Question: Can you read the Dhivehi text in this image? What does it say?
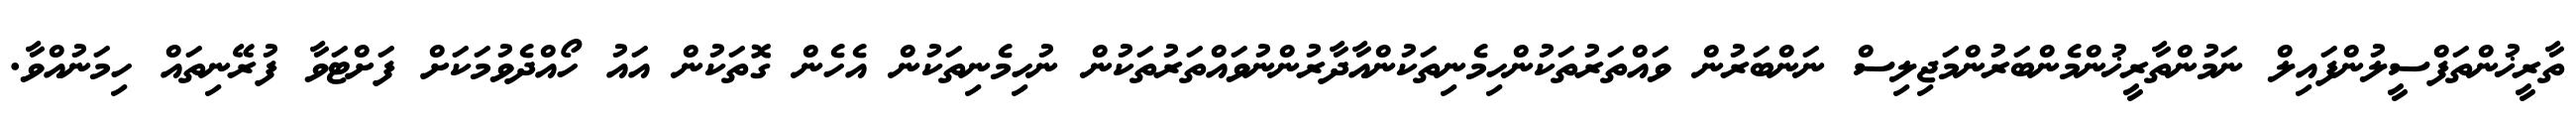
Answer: ތާރީޚުންތަފްސީލުންފައިލް ނަމުންތާރީޚުންމެންބަރުންމަޖިލިސް ނަންބަރުން ވައްތަރުތަކުންހިމެނިތަކުންއާދާރުންނުވައްތަރުތަކުން ނުހިމެނިތަކުން އެހެން ގޮތަކުން އައު ހޯއްދެވުމަކަށް ފަށްޓަވާ ފުރޭނިތައް ހިމަނުއްވާ.